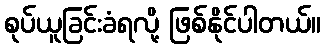
စုပ်ယူခြင်းခံရလို့ ဖြစ်နိုင်ပါတယ်။